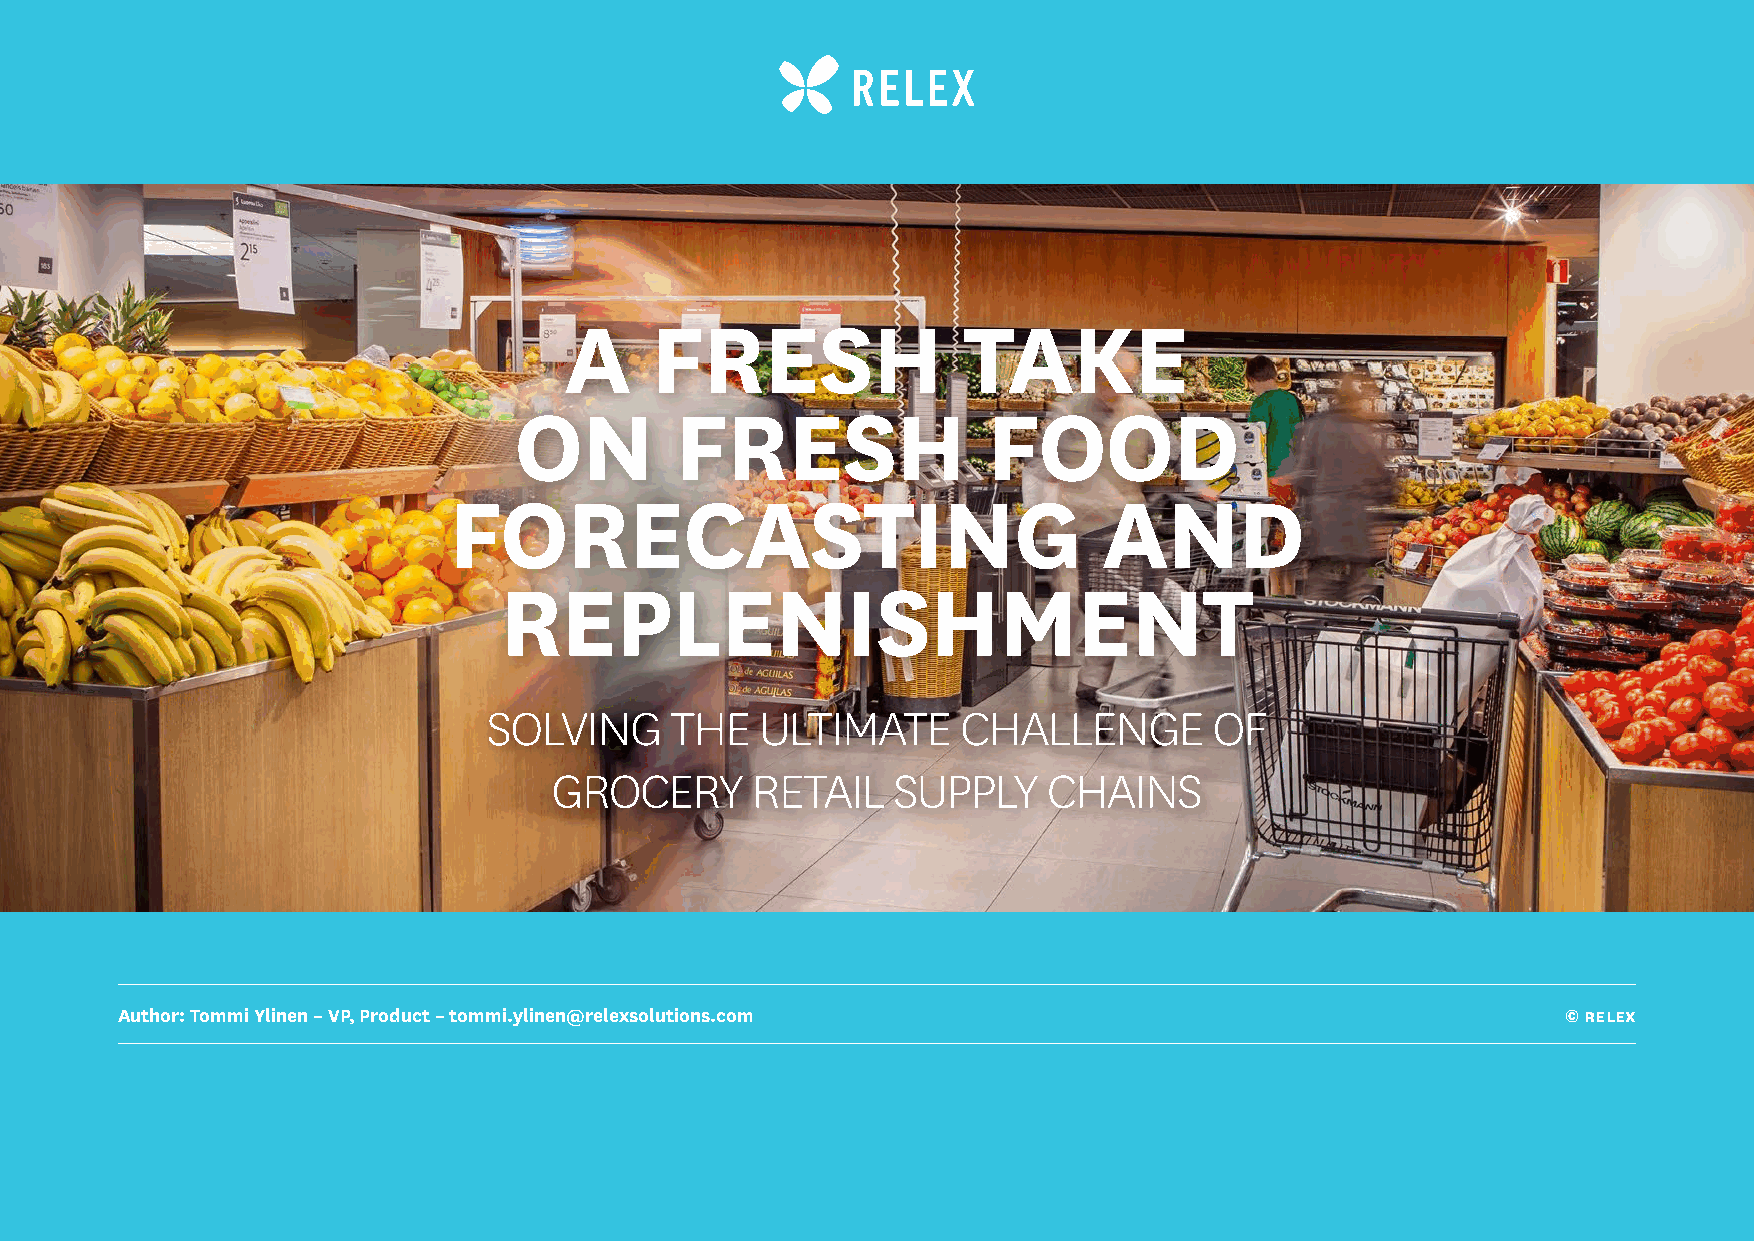
A     FRESH                TAKE
 ON         FRESH               FOOD
 FORECASTING                                AND
 REPLENISHMENT
 SOLVING     THE   ULTIMATE      CHALLENGE       OF
 GROCERY       RETAIL   SUPPLY    CHAINS
 Author: Tommi Ylinen – VP, Product – tommi.ylinen@relexsolutions.com                            © Relex